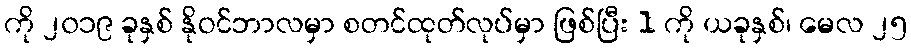
ကို ၂၀၁၉ ခုနှစ် နိုဝင်ဘာလမှာ စတင်ထုတ်လုပ်မှာ ဖြစ်ပြီး 1 ကို ယခုနှစ်၊ မေလ ၂၅